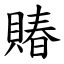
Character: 賰